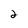
Character: 2